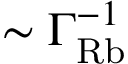
\sim \Gamma _ { \mathrm { R b } } ^ { - 1 }